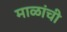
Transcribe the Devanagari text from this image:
माळांची